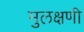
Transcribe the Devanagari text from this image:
मुलक्षणी